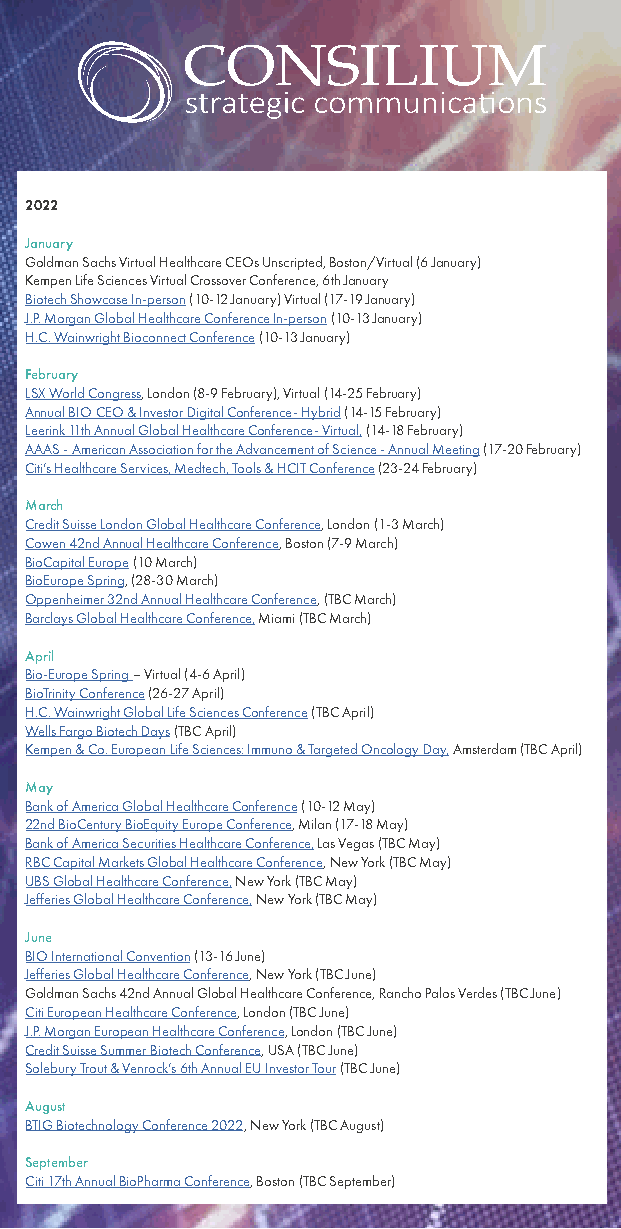
2022
 January
 Goldman Sachs Virtual Healthcare CEOs Unscripted, Boston/Virtual (6 January)
 Kempen Life Sciences Virtual Crossover Conference, 6th January
 Biotech Showcase In-person (10-12 January) Virtual (17-19 January)
 J.P. Morgan Global Healthcare Conference In-person (10-13 January)
 H.C. Wainwright Bioconnect Conference (10-13 January)
 February
 LSX World Congress, London (8-9 February), Virtual (14-25 February)
 Annual BIO CEO & Investor Digital Conference- Hybrid (14-15 February)
 Leerink 11th Annual Global Healthcare Conference- Virtual, (14-18 February)
 AAAS - American Association for the Advancement of Science - Annual Meeting (17-20 February)
 Citi’s Healthcare Services, Medtech, Tools & HCIT Conference (23-24 February)
 March
 Credit Suisse London Global Healthcare Conference, London (1-3 March)
 Cowen 42nd Annual Healthcare Conference, Boston (7-9 March)
 BioCapital Europe (10 March)
 BioEurope Spring, (28-30 March)
 Oppenheimer 32nd Annual Healthcare Conference, (TBC March)
 Barclays Global Healthcare Conference, Miami (TBC March)
 April
 Bio-Europe Spring – Virtual (4-6 April)
 BioTrinity Conference (26-27 April)
 H.C. Wainwright Global Life Sciences Conference (TBC April)
 Wells Fargo Biotech Days (TBC April)
 Kempen & Co. European Life Sciences: Immuno & Targeted Oncology Day, Amsterdam (TBC April)
 May
 Bank of America Global Healthcare Conference (10-12 May)
 22nd BioCentury BioEquity Europe Conference, Milan (17-18 May)
 Bank of America Securities Healthcare Conference, Las Vegas (TBC May)
 RBC Capital Markets Global Healthcare Conference, New York (TBC May)
 UBS Global Healthcare Conference, New York (TBC May)
 Jefferies Global Healthcare Conference, New York (TBC May)
 June
 BIO International Convention (13-16 June)
 Jefferies Global Healthcare Conference, New York (TBC June)
 Goldman Sachs 42nd Annual Global Healthcare Conference, Rancho Palos Verdes (TBC June)
 Citi European Healthcare Conference, London (TBC June)
 J.P. Morgan European Healthcare Conference, London (TBC June)
 Credit Suisse Summer Biotech Conference, USA (TBC June)
 Solebury Trout & Venrock’s 6th Annual EU Investor Tour (TBC June)
 August
 BTIG Biotechnology Conference 2022, New York (TBC August)
 September
 Citi 17th Annual BioPharma Conference, Boston (TBC September)